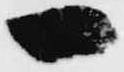
一